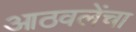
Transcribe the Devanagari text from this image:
आठवलेंचा